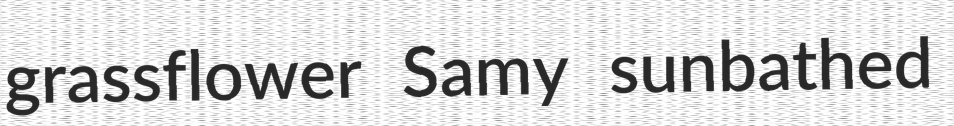
grassflower Samy sunbathed